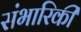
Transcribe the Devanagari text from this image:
संभारिकी